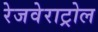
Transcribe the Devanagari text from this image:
रेजवेराट्रोल